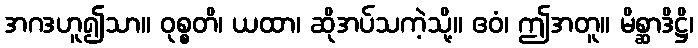
အဂဒဟူ၍သာ။ ဝုစ္စတိ၊ ယထာ၊ ဆိုအပ်သကဲ့သို့။ ဧဝံ၊ ဤအတူ။ မိစ္ဆာဒိဋ္ဌိ၊